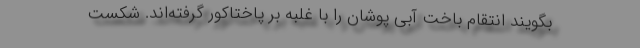
بگویند انتقام باخت آبی پوشان را با غلبه بر پاختاکور گرفته‌اند. شکست